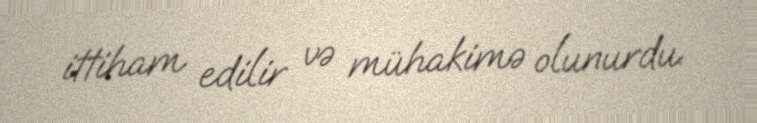
ittiham edilir və mühakimə olunurdu.